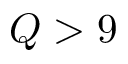
Q > 9